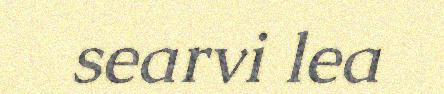
searvi lea